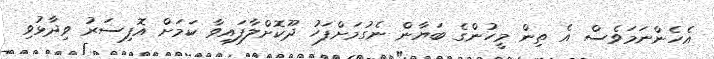
އެހެންނަމަވެސް އެ ތިން މީހުންގެ ބަޔާން ނެގުމަށްފަހު ދޫކޮށްލާފައިވާ ކަމަށް އޮފިސަރު ވިދާޅުވި